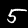
Digit: 5